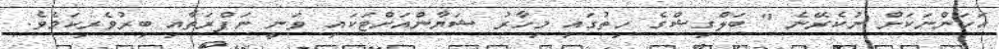
އަހަންނަކަށް ނުކެރޭނެ " ބަލްގިޝްގެ ހިތުގައި މިހާރު ޝަޔާންއަށްޓަކައި ވަނީ ނަފްރަތާއި ބިރުވެރިކަމެވެ.